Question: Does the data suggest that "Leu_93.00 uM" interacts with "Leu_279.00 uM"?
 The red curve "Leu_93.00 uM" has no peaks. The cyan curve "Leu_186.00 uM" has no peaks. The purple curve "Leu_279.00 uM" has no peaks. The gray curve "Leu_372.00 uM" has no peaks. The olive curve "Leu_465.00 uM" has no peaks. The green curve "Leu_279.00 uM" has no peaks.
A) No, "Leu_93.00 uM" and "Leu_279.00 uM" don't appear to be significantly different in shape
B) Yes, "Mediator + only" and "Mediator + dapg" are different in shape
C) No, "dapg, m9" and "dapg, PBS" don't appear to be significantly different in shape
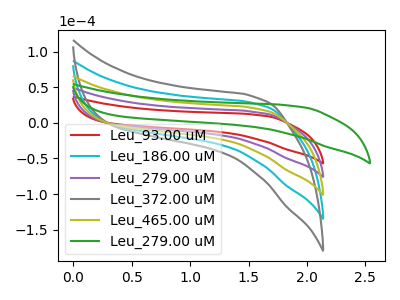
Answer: <think>Neither "Leu_93.00 uM" or "Leu_279.00 uM" have any peaks.
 </think>
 <answer>A) No, "Leu_93.00 uM" and "Leu_279.00 uM" don't appear to be significantly different in shape</answer>
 <eval>A</eval>